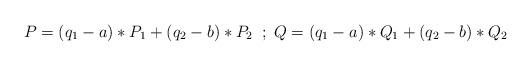
LaTeX: \begin{align*}P=(q_1-a)*P_1+(q_2-b)*P_2\;\;;\;Q=(q_1-a)*Q_1+(q_2-b)*Q_2\end{align*}